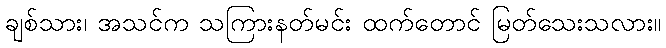
ချစ်သား၊ အသင်က သကြားနတ်မင်း ထက်တောင် မြတ်သေးသလား။